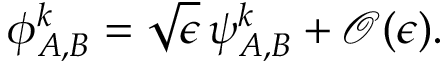
\begin{array} { r } { { \phi } _ { A , B } ^ { k } = \sqrt { \epsilon } \, { \psi } _ { A , B } ^ { k } + \mathcal { O } ( \mathcal { \epsilon } ) . } \end{array}